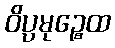
ဝိပ္ပမုဉ္စေထ